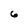
Character: 6